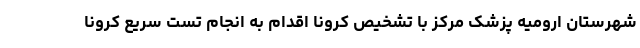
شهرستان ارومیه پزشک مرکز با تشخیص کرونا اقدام به انجام تست سریع کرونا